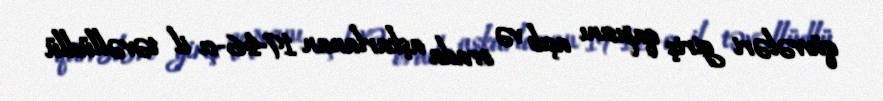
qüvvələri giriş qapısını açıb və orada aşkarlanan 1946-cı il təvəllüdlü